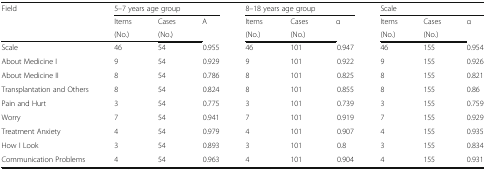
| <ROWSPAN=3> Field | <COLSPAN=3> 5–7 years age group | <COLSPAN=3> 8–18 years age group | <COLSPAN=3> Scale |
 | Items | Cases | <ROWSPAN=2> A | Items | Cases | <ROWSPAN=2> α | Items | Cases | <ROWSPAN=2> α |
 | (No.) | (No.) | (No.) | (No.) | (No.) | (No.) |
 | --- | --- | --- | --- | --- | --- | --- | --- | --- | --- |
 | Scale | 46 | 54 | 0.955 | 46 | 101 | 0.947 | 46 | 155 | 0.954 |
 | About Medicine I | 9 | 54 | 0.929 | 9 | 101 | 0.922 | 9 | 155 | 0.926 |
 | About Medicine II | 8 | 54 | 0.786 | 8 | 101 | 0.825 | 8 | 155 | 0.821 |
 | Transplantation and Others | 8 | 54 | 0.824 | 8 | 101 | 0.855 | 8 | 155 | 0.86 |
 | Pain and Hurt | 3 | 54 | 0.775 | 3 | 101 | 0.739 | 3 | 155 | 0.759 |
 | Worry | 7 | 54 | 0.941 | 7 | 101 | 0.919 | 7 | 155 | 0.929 |
 | Treatment Anxiety | 4 | 54 | 0.979 | 4 | 101 | 0.907 | 4 | 155 | 0.935 |
 | How I Look | 3 | 54 | 0.893 | 3 | 101 | 0.8 | 3 | 155 | 0.834 |
 | Communication Problems | 4 | 54 | 0.963 | 4 | 101 | 0.904 | 4 | 155 | 0.931 |